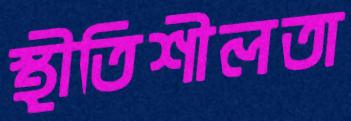
স্থীতিশীলতা